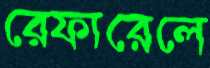
রেফারেলে